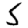
Digit: 5